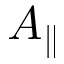
A _ { \parallel }